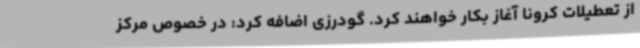
از تعطیلات کرونا آغاز بکار خواهند کرد. گودرزی اضافه کرد: در خصوص مرکز